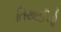
તિથાઈનો